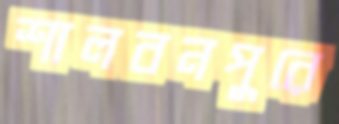
শালবনপুরে